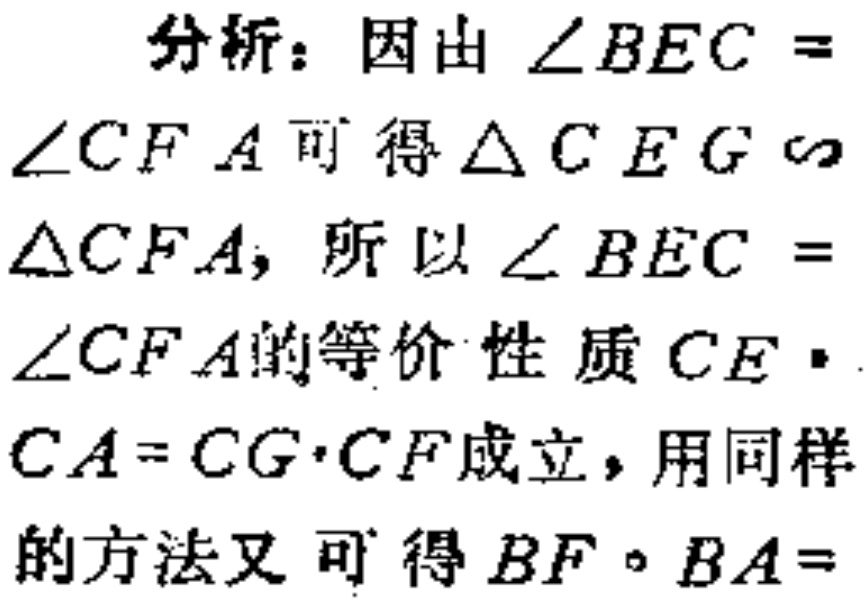
分析：因由$\angle BEC = \angle CFA$可得$\triangle CEG \sim \triangle CFA$，所以$\angle BEC = \angle CFA$的等价性质$CE\cdot CA = CG\cdot CF$成立，用同样的方法又可得$BF\cdot BA = $